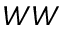
W W